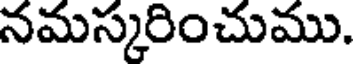
నమస్కరించుము.